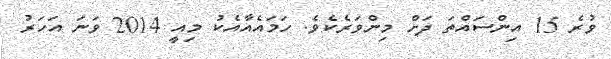
ވުރެ 15 އިންސައްތަ ދަށް މިންވަރެކެވެ. ހަމައެއާއެކު މިއީ 2014 ވަނަ އަހަރު